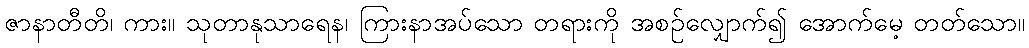
ဇာနာတီတိ၊ ကား။ သုတာနုသာရေန၊ ကြားနာအပ်သော တရားကို အစဉ်လျှောက်၍ အောက်မေ့ တတ်သော။